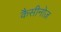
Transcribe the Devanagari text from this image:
कैसीनोज़